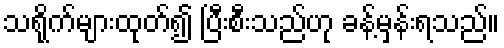
သရိုက်များထုတ်၍ ပြီးစီးသည်ဟု ခန့်မှန်းရသည်။